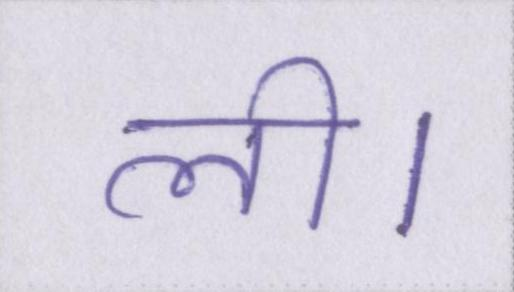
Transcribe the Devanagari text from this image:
ली।